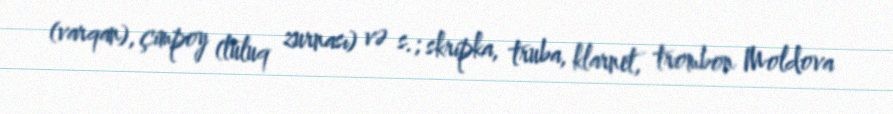
(varqan), çimpoy (tuluq zurnası) və s.; skripka, truba, klarnet, trombon Moldova